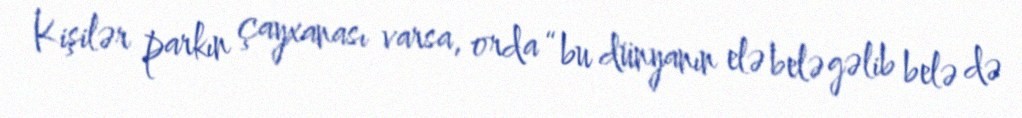
Kişilər parkın çayxanası varsa, orda “bu dünyanın elə belə gəlib belə də